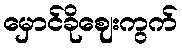
မှောင်ခိုဈေးကွက်